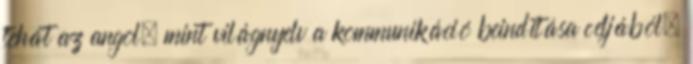
tehát az angol, mint világnyelv a kommunikáció beindítása céljából.